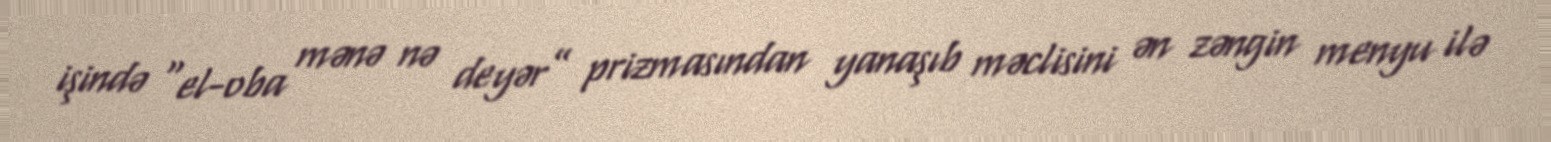
işində “el-oba mənə nə deyər” prizmasından yanaşıb məclisini ən zəngin menyu ilə